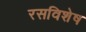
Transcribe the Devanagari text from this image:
रसविशेष